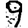
Digit: 9